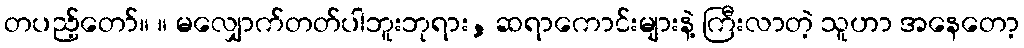
တပည့်တော်။ ။ မလျှောက်တတ်ပါဘူးဘုရား, ဆရာကောင်းများနဲ့ ကြီးလာတဲ့ သူဟာ အနေတော့